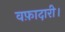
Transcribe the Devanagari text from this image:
वफ़ादारी।